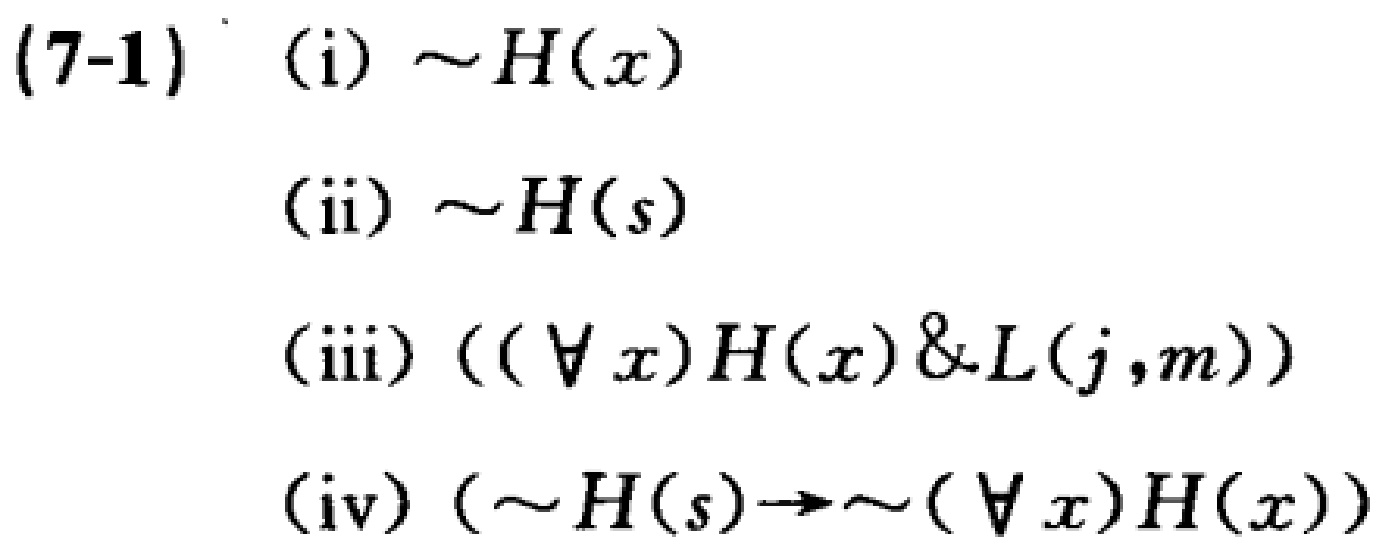
(7-1) (i) $\sim H(x)$
(ii) $\sim H(s)$
(iii) $((\forall x)H(x)\&L(j,m))$
(iv) $(\sim H(s)\to\sim(\forall x)H(x))$